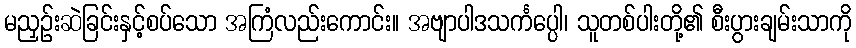
မညှဉ်းဆဲခြင်းနှင့်စပ်သော အကြံလည်းကောင်း။ အဗျာပါဒသင်္ကပ္ပေါ၊ သူတစ်ပါးတို့၏ စီးပွားချမ်းသာကို